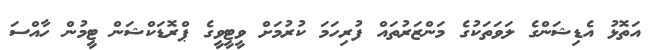
އަތޮޅު އެޑިޝަންގެ ލަވަތަކުގެ މަންޒަރުތައް ފުރިހަމަ ކުރުމަށް ވީޓީވީގެ ޕްރޮޑަކްޝަން ޓީމުން ހާއްސަ